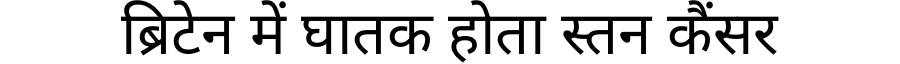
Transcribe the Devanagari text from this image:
ब्रिटेन में घातक होता स्तन कैंसर